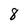
Character: 8